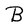
Character: B